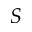
S